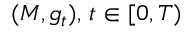
( M , g _ { t } ) , \, t \in [ 0 , T )